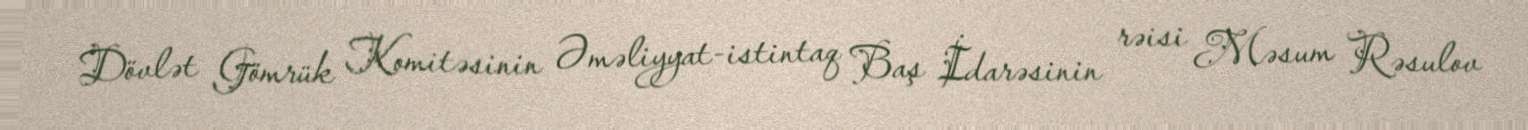
Dövlət Gömrük Komitəsinin Əməliyyat-istintaq Baş İdarəsinin rəisi Məsum Rəsulov